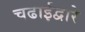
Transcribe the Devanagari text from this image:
चढाईद्वारे